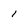
Character: 1